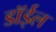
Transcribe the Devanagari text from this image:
डॉईल